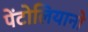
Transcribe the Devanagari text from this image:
पेंटोलियानो